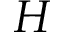
H